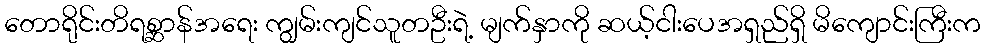
တောရိုင်းတိရစ္ဆာန်အရေး ကျွမ်းကျင်သူတဦးရဲ့ မျက်နှာကို ဆယ့်ငါးပေအရှည်ရှိ မိကျောင်းကြီးက